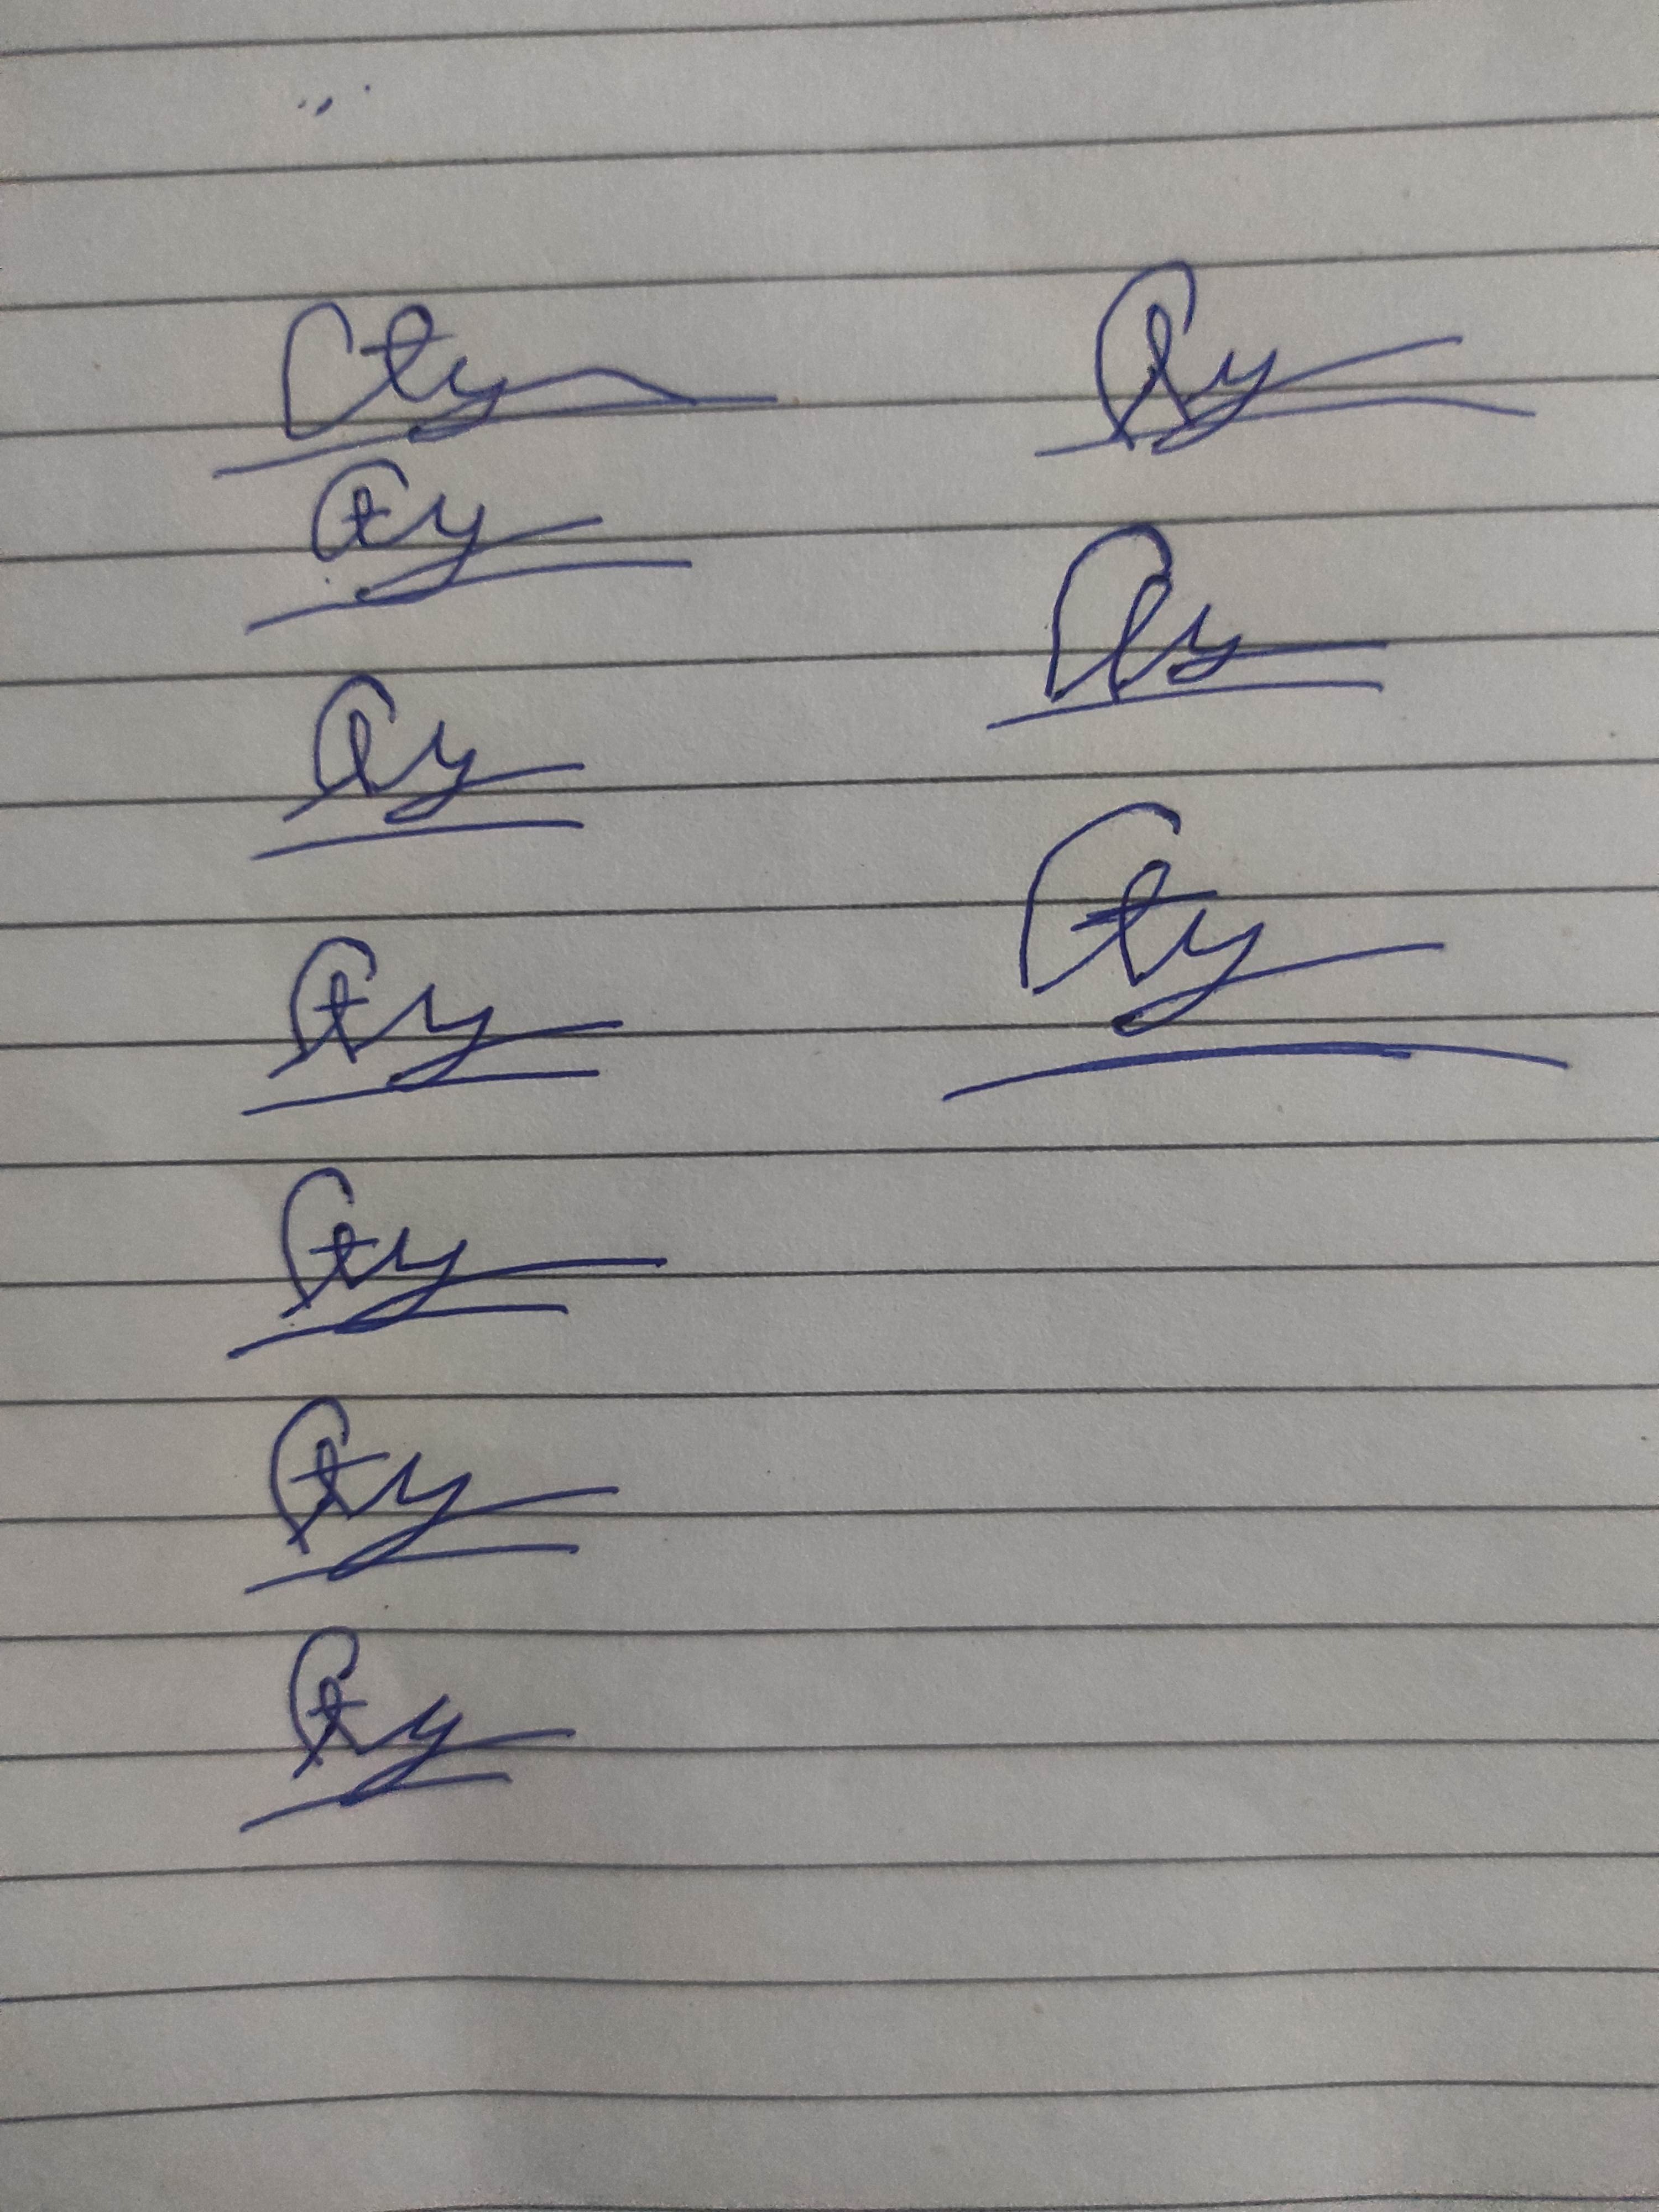
Signature authenticity: forged